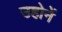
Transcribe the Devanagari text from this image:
उहोनें